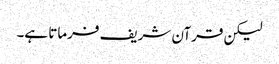
لیکن قرآن شریف فرماتا ہے۔